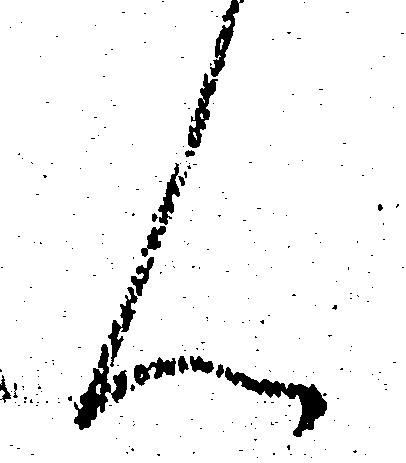
ん